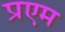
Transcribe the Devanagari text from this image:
प्रएम